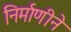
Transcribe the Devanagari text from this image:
निर्माणीने